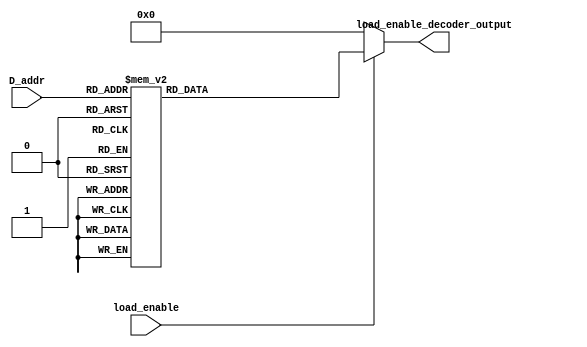
`timescale 1ns / 1ps
module DECODER5to32(
    input [4:0] D_addr,
    input load_enable,
    output reg [31:0] load_enable_decoder_output
    );
    always @(*) 
    begin
        if(load_enable == 0) begin
            load_enable_decoder_output = 0;
        end
        else begin
            case(D_addr)
            5'd0:
              load_enable_decoder_output = 32'h1;
            5'd1:
              load_enable_decoder_output = 32'h2;
            5'd2:
              load_enable_decoder_output = 32'h4;
            5'd3:
              load_enable_decoder_output = 32'h8;
            5'd4:
              load_enable_decoder_output = 32'h10;
            5'd5:
              load_enable_decoder_output = 32'h20;
            5'd6:
              load_enable_decoder_output = 32'h40;
            5'd7:
              load_enable_decoder_output = 32'h80;
            5'd8:
              load_enable_decoder_output = 32'h100;
            5'd9:
              load_enable_decoder_output = 32'h200;
            5'd10:
              load_enable_decoder_output = 32'h400;
            5'd11:
              load_enable_decoder_output = 32'h800;
            5'd12:
              load_enable_decoder_output = 32'h1000;
            5'd13:
              load_enable_decoder_output = 32'h2000;
            5'd14:
              load_enable_decoder_output = 32'h4000;
            5'd15:
              load_enable_decoder_output = 32'h8000;
            5'd16:
              load_enable_decoder_output = 32'h10000;
            5'd17:
              load_enable_decoder_output = 32'h20000;
            5'd18:
              load_enable_decoder_output = 32'h40000;
            5'd19:
              load_enable_decoder_output = 32'h80000;
            5'd20:
              load_enable_decoder_output = 32'h100000;
            5'd21:
              load_enable_decoder_output = 32'h200000;
            5'd22:
              load_enable_decoder_output = 32'h400000;
            5'd23:
              load_enable_decoder_output = 32'h800000;
            5'd24:
              load_enable_decoder_output = 32'h1000000;
            5'd25:
              load_enable_decoder_output = 32'h2000000;
            5'd26:
              load_enable_decoder_output = 32'h4000000;
            5'd27:
              load_enable_decoder_output = 32'h8000000;
            5'd28:
              load_enable_decoder_output = 32'h10000000;
            5'd29:
              load_enable_decoder_output = 32'h20000000;
            5'd30:
              load_enable_decoder_output = 32'h40000000;
            5'd31:
              load_enable_decoder_output = 32'h80000000;
            endcase
        end
    end
endmodule